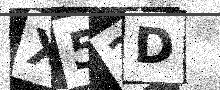
Text: X52D